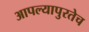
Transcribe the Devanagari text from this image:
आपल्यापुरतेच